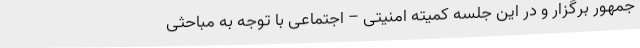
جمهور برگزار و در این جلسه کمیته امنیتی – اجتماعی با توجه به مباحثی